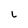
Character: l